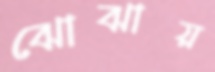
ঝোঝায়